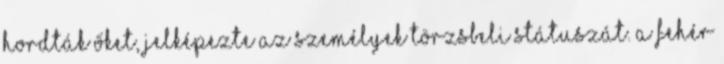
hordták őket, jelképezte az személyek törzsbeli státuszát. A fehér